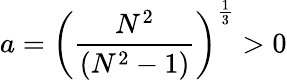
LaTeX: a=\left(\frac{N^{2}}{(N^{2}-1)}\right)^{\frac{1}{3}}>0